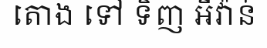
តោង ទៅ ទិញ អីវ៉ាន់